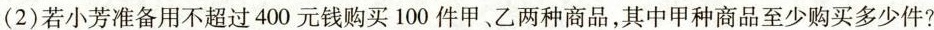
(2)若小芳准备用不超过400元钱购买100件甲、乙两种商品，其中甲种商品至少购买多少件?